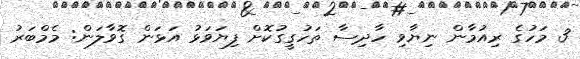
3 މަހުގެ ރިއުމާން ނިޔާވި ހާދިސާ ތަހުގީގުކޮށް ފިޔަވަޅު އަޅަން ގޮވާލަން: މެމްބަރު